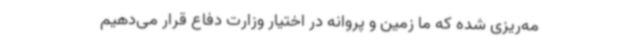
مه‌ریزی شده که ما زمین و پروانه در اختیار وزارت دفاع قرار می‌دهیم